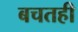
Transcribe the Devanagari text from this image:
बचतही